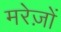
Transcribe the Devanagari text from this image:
मरेज़ों